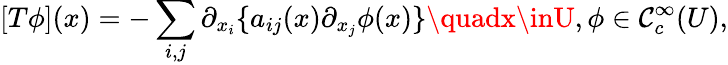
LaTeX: [T\phi](x)=-\sum_{i,j}\partial_{x_{i}}\{ a_{ij}(x)\partial_{x_{j}}\phi(x)\} \quadx\inU,\phi\in\operatorname{\mathcal{C}}_{c}^{\infty}(U),